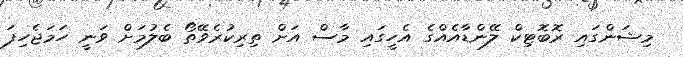
މިޝަންގައި ރޮބޮޓިކް ލޭންޑާއެއްގެ އެހީގައި މާސް އަށް ތިރިކުރެވޭތޯ ބެލުމަށް ވަނީ ހަމަޖެހިފަ